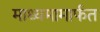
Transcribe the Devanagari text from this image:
माध्यमामार्फत